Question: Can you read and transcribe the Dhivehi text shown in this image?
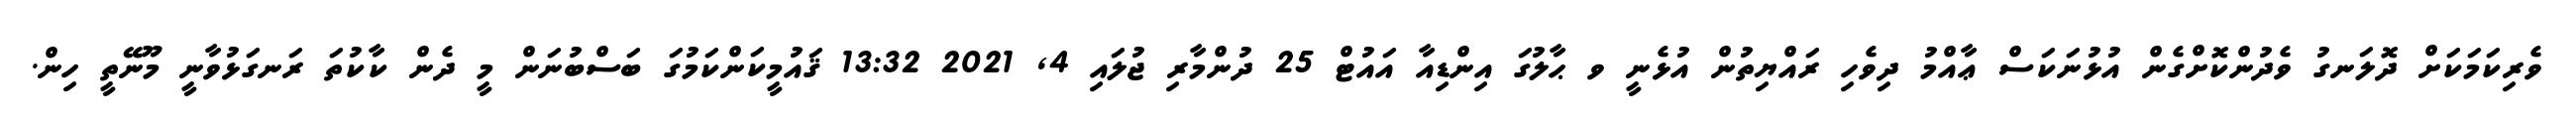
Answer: ވެރިކަމަކަށް ދޮލަނގު ވެދުންކޮށްގެން އުޅުނަކަސް ޢާއްމު ދިވެހި ރައްޔިތުން އުޅެނީ ވ ޙާލުގަ އިންޑިއާ އައުޓް 25 ދުންމާރި ޖުލައި 4, 2021 13:32 ޤައުމީކަންކަމުގަ ބަސްބުނަން މީ ދެން ކާކުތަ ރަނގަޅުވާނީ މޫނޭތީ ހިން.